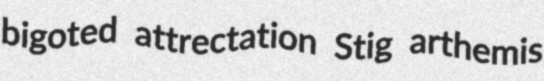
bigoted attrectation Stig arthemis